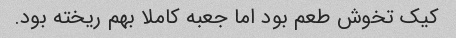
کیک تخوش طعم بود اما جعبه کاملا بهم ریخته بود.